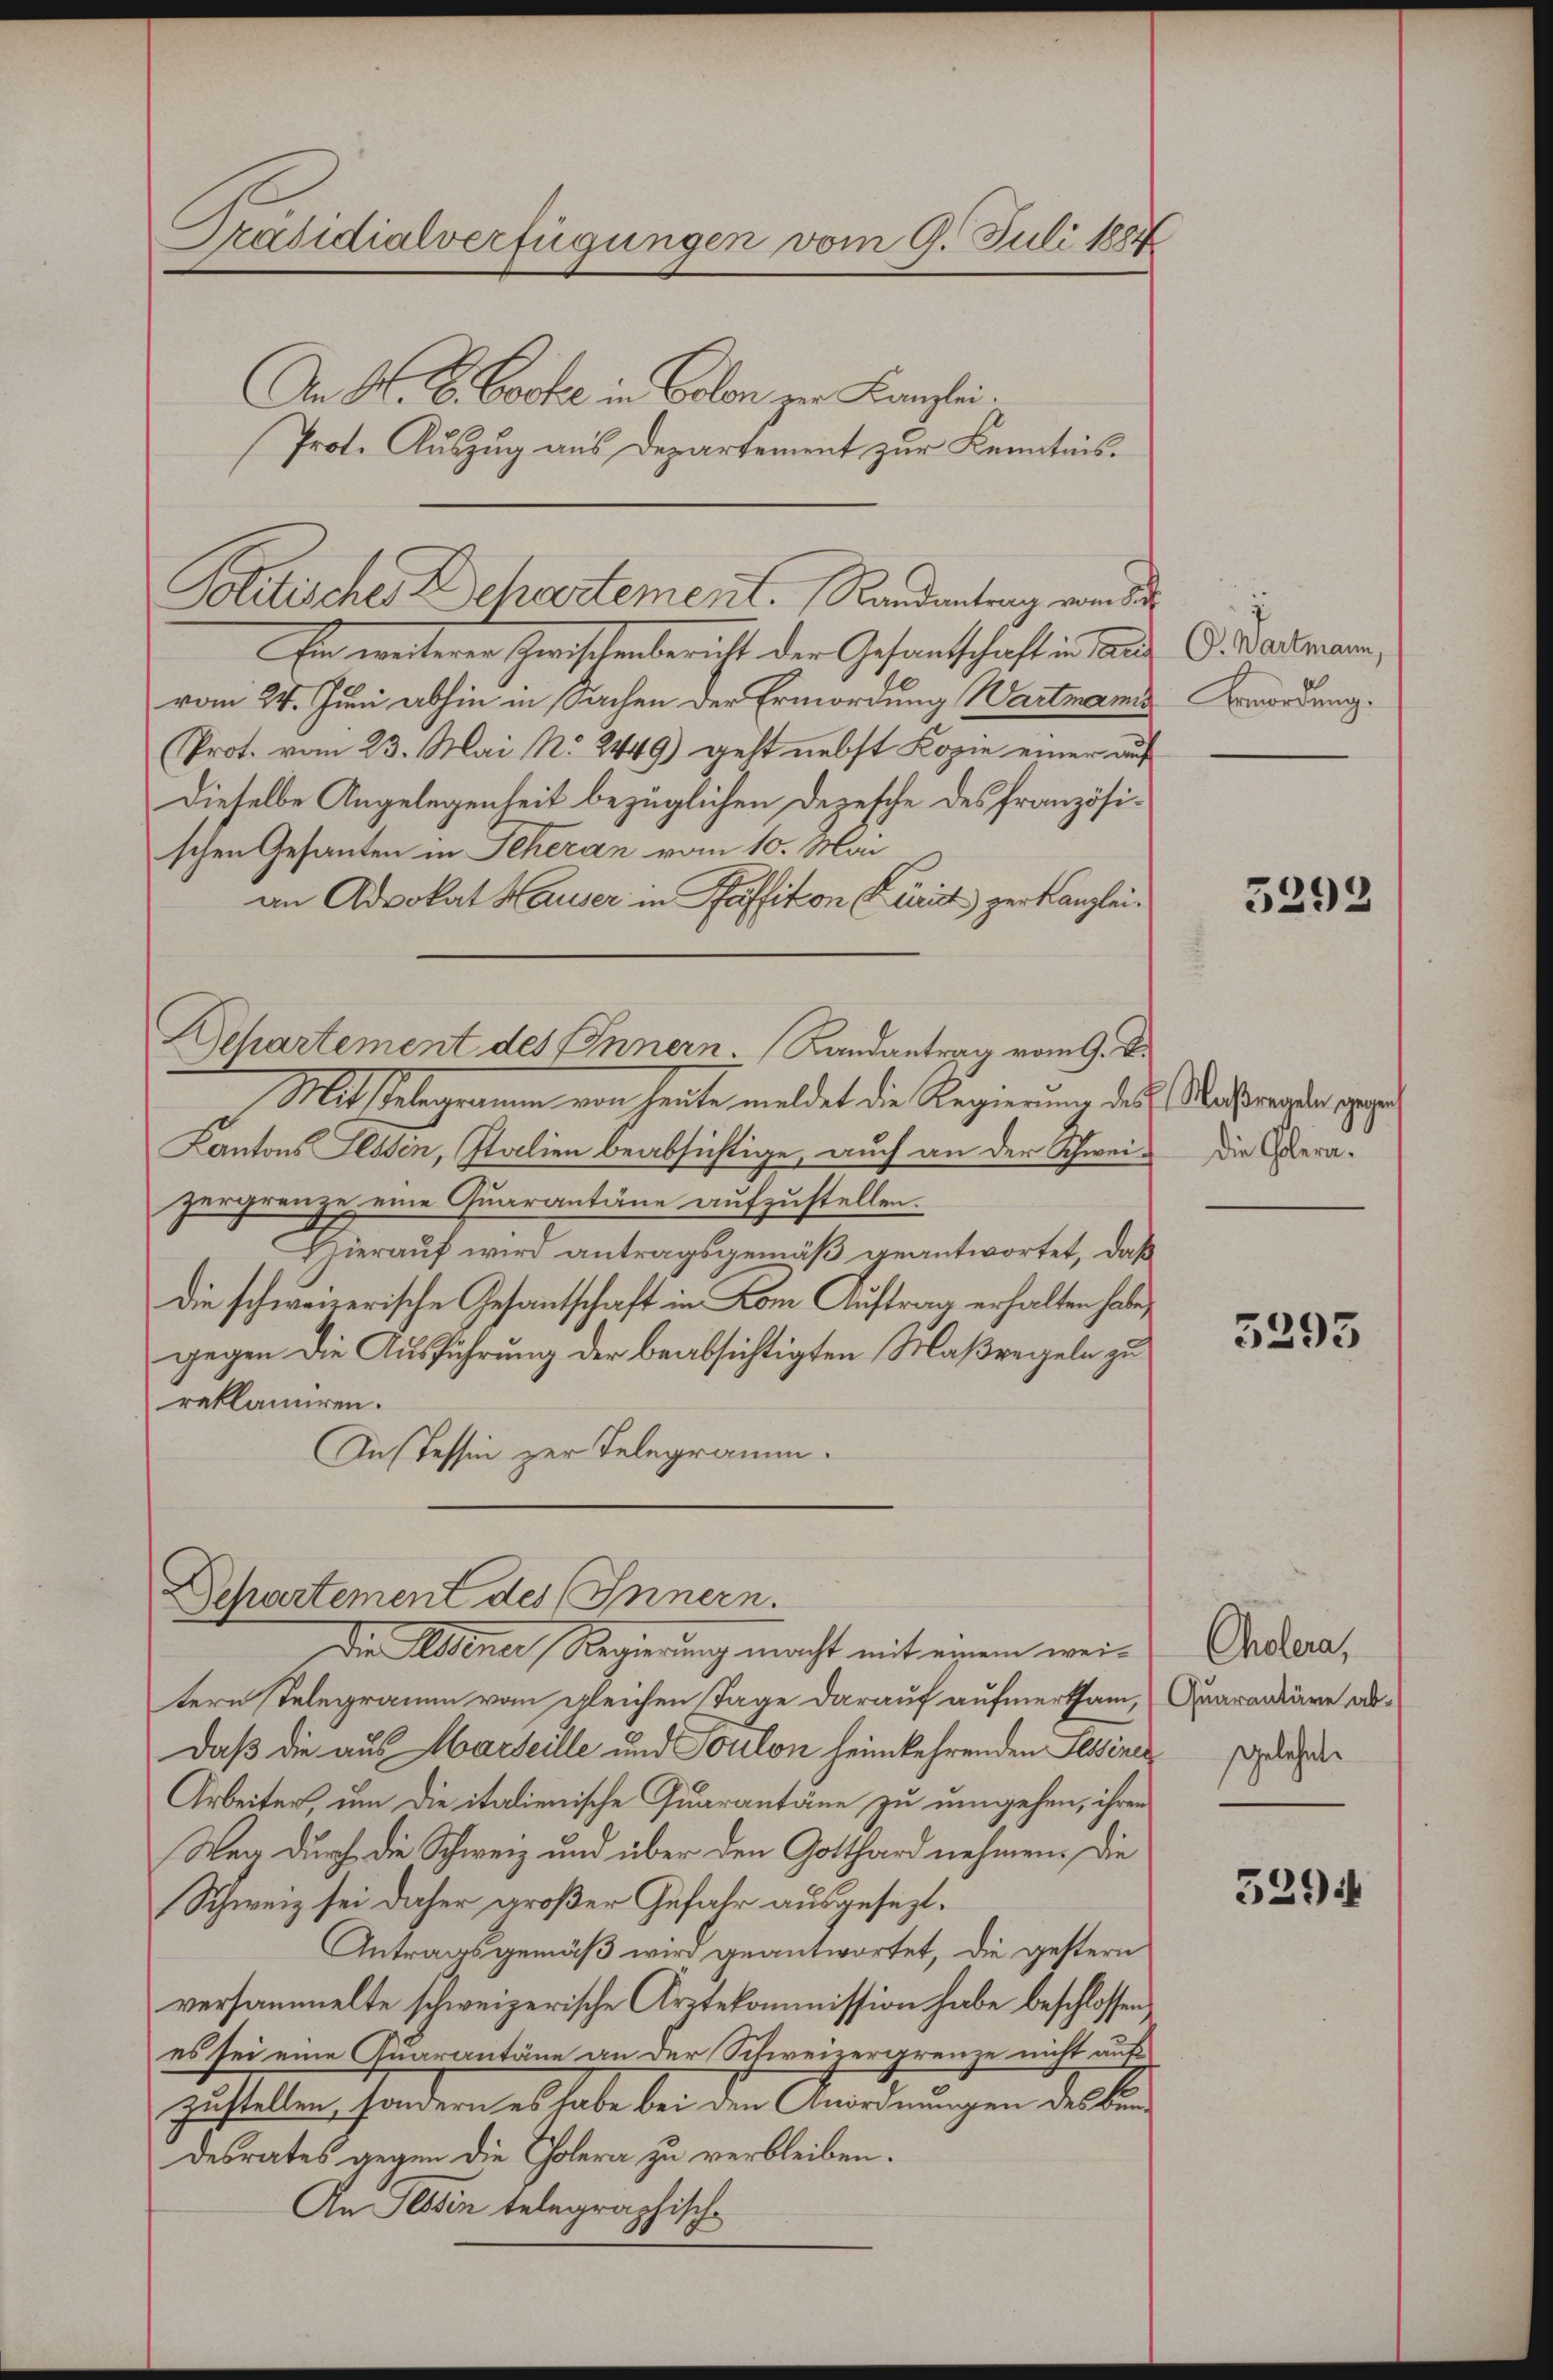
An M. D. Bocke in Colon zur Kanzlei.
Prot. Auszug aus Departement zur Kenntnis¬
En weiterer Zwischenbericht der Gesandtschaft in Tant C. Wartman,
vom 24. Juni abhin in Sachen der Ermordung Wartmanns
(Prot. vom 23. Mai N. 2449) geht nebst Kopie einer auf
Dieselbe Angelegenheit bezüglichen Depesche des französischen Gesanten in Scheran vom 10. Mai
an Advokat Hauser in Pfäffikon Kurist zur Kanzlei¬
Behartement des Innern. Landantrag vom 9. d.
Mit Gelegrammen von heute meldet die Regierung des Mathemanden gege
Kantons Tessin, Italien beabsichtige, auch an der Schweizergrenze eine Quarantäne aufzustellen.
Hierauf wird antragsgemäß geantwortet, daß
Die schweizerische Gesantschaft in Kom Auftrag erhalten habe,
gegen die Ausführung der beabsichtigten Maßregeln zu
reklamiren.
Ins Tessin zur Telegramm.

Präsidialverfügungen vom 9. Juli 1884

Politisches Dechartement. Randantrag vom S

Departement des Innern.
Die Altener Regierung macht mit einem wei¬

tern Telegramm vom gleichen Tage darauf aufmerksam, Quarandiäre ab¬
Daß die aus Marseille und Soulon heimkehrenden Sessiner
Arbeiter, um die italienische Quarantäne zu umgehen, ihren
Weg durch die Schweiz und über den Gotthard nehmen. Die
Schweiz sei daher großer Gefahr ausgesezt.
Antragsgemäß wird geantwortet, die gestern
versammelte schweizerische Arztekommission habe beschlossen,
es sei eine Quarantäne an der Schweizergrenze nicht auf
zustellen, sondern es habe bei den Anordnungen des ben
desrates gegen die Cholera zu verbleiben.
An Tessin telegraphische

Bmordung.

5293

die Golera.

5293

Cholera,
Gelehnt.

5294